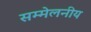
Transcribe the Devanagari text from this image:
सम्मेलनीय